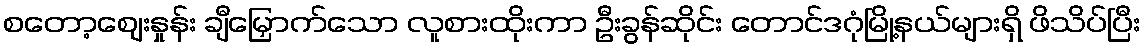
စတော့ဈေးနှုန်း ချီမြှောက်သော လူစားထိုးကာ ဦးခွန်ဆိုင်း တောင်ဒဂုံမြို့နယ်များရှိ ဖိသိပ်ပြီး